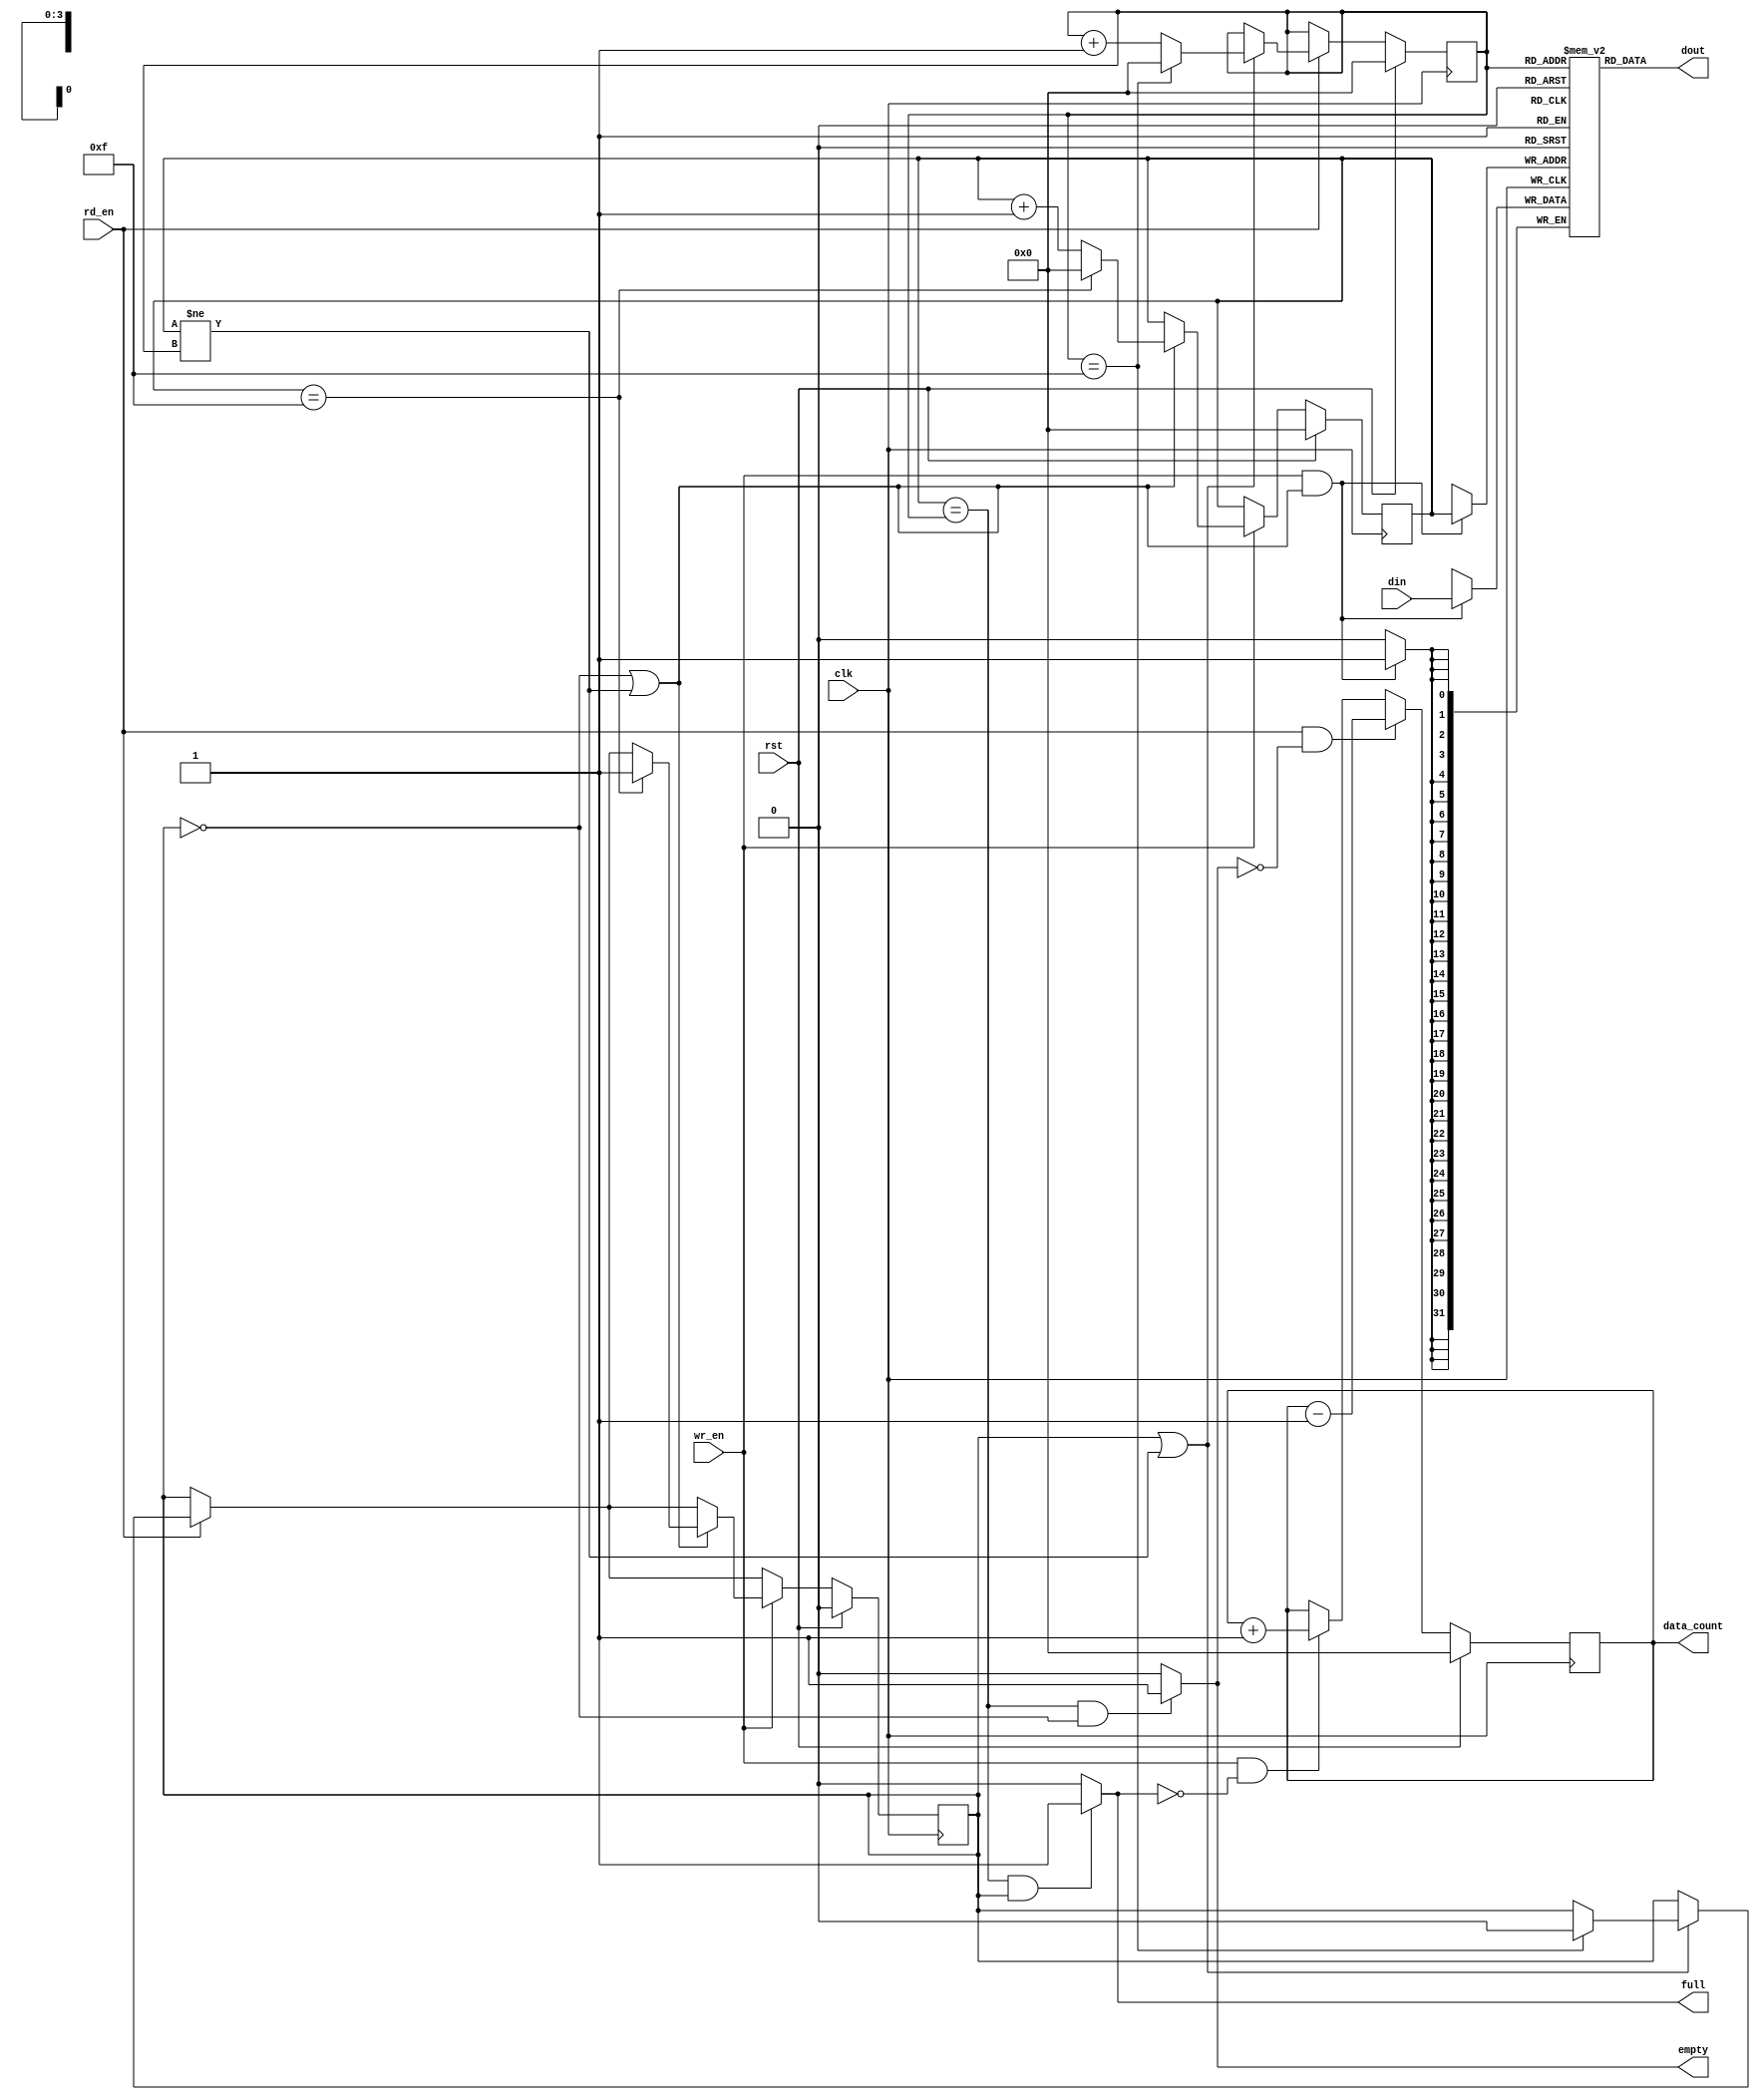
module fwft_fifo( rst, clk,
                  rd_en, dout, empty, full, data_count,                
                  wr_en, din);

   parameter WIDTH = 32;
   parameter DEPTH = 16;
   
   input                 rst;
   input                 clk;
   input                 rd_en;
   input                 wr_en;
   input [(WIDTH-1):0]   din;
   output                empty;
   output                full;
   output [(WIDTH-1):0]  dout;
   output reg [3:0]      data_count;

   wire we;
   
   reg [WIDTH-1:0] ram[0:DEPTH-1];

   reg [3:0] head, tail;
   reg looped;
   
   // Memory pointer management
   always @(posedge clk) begin 
      if(rst) begin
         head <= 0;
         tail <= 0;
         looped <= 0;
         data_count <= 0;
      end
      else begin
         if(rd_en == 1'b1) begin
            if(looped || head != tail) begin
               // Update tail pointer
               if(tail == DEPTH -1 ) begin
                  tail <= 0;
                  looped <= 0;
               end else
                  tail <= tail + 1;
            end
         end

         if(wr_en == 1) begin
            if(looped == 0 || head != tail) begin
               // Update head pointer
               if(head == DEPTH -1) begin
                  head <= 0;
                  looped <= 1;
               end
               else
                  head <= head + 1;
            end
         end
         
         if(rd_en && ~empty)
            data_count <= data_count -1;
         else if(wr_en && ~full)
            data_count <= data_count + 1;
         else 
            data_count <= data_count;
      end
   end
   
   assign we = wr_en && (looped == 0 || head != tail);
   assign dout = ram[tail];
   // Memory update
   always @(posedge clk) begin
      if (we) ram[head] <= din;
   end
     
   // Status signals
   assign full = (head == tail && looped) ? 1 : 0;
   assign empty = (head == tail && ~looped) ? 1: 0;


//   dist_memory #(.DATA_WIDTH(WIDTH)) fifo_mem(
//     .a(head), // input [3 : 0] a
//     .d(din), // input [31 : 0] d
//     .dpra(tail), // input [3 : 0] dpra
//     .clk(clk), // input clk
//     .we(we), // input we
//     .dpo(dout) // output [31 : 0] dpo
//   );
   
endmodule

//module dist_memory#(
//   parameter DATA_WIDTH = 32
//   )(
//  a,
//  d,
//  dpra,
//  clk,
//  we,
//  dpo
//);
//
//input [3 : 0] a;
//input [DATA_WIDTH -1: 0] d;
//input [3 : 0] dpra;
//input clk;
//input we;
//output [DATA_WIDTH-1: 0] dpo;
//
//// synthesis translate_off
//
//  DIST_MEM_GEN_V7_2 #(
//    .C_ADDR_WIDTH(4),
//    .C_DEFAULT_DATA("0"),
//    .C_DEPTH(16),
//    .C_FAMILY("virtex6"),
//    .C_HAS_CLK(1),
//    .C_HAS_D(1),
//    .C_HAS_DPO(1),
//    .C_HAS_DPRA(1),
//    .C_HAS_I_CE(0),
//    .C_HAS_QDPO(0),
//    .C_HAS_QDPO_CE(0),
//    .C_HAS_QDPO_CLK(0),
//    .C_HAS_QDPO_RST(0),
//    .C_HAS_QDPO_SRST(0),
//    .C_HAS_QSPO(0),
//    .C_HAS_QSPO_CE(0),
//    .C_HAS_QSPO_RST(0),
//    .C_HAS_QSPO_SRST(0),
//    .C_HAS_SPO(0),
//    .C_HAS_SPRA(0),
//    .C_HAS_WE(1),
//    .C_MEM_INIT_FILE("no_coe_file_loaded"),
//    .C_MEM_TYPE(4),
//    .C_PARSER_TYPE(1),
//    .C_PIPELINE_STAGES(0),
//    .C_QCE_JOINED(0),
//    .C_QUALIFY_WE(0),
//    .C_READ_MIF(0),
//    .C_REG_A_D_INPUTS(0),
//    .C_REG_DPRA_INPUT(0),
//    .C_SYNC_ENABLE(1),
//    .C_WIDTH(DATA_WIDTH)
//  )
//  inst (
//    .A(a),
//    .D(d),
//    .DPRA(dpra),
//    .CLK(clk),
//    .WE(we),
//    .DPO(dpo),
//    .SPRA(),
//    .I_CE(),
//    .QSPO_CE(),
//    .QDPO_CE(),
//    .QDPO_CLK(),
//    .QSPO_RST(),
//    .QDPO_RST(),
//    .QSPO_SRST(),
//    .QDPO_SRST(),
//    .SPO(),
//    .QSPO(),
//    .QDPO()
//  );
//
//// synthesis translate_on
//
//endmodule